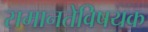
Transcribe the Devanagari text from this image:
समानतेविषयक